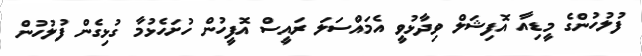
ފުލުހުންގެ މީޑިއާ އޮފިޝަލް ވިދާޅުވީ އެމައްސަލަ ރައީސް އޮފީހުން ހުށަހެޅުމާ ގުޅިގެން ފުލުހުން